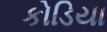
કોડિયા